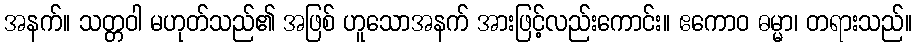
အနက်။ သတ္တဝါ မဟုတ်သည်၏ အဖြစ် ဟူသောအနက် အားဖြင့်လည်းကောင်း။ ဧကောဝ ဓမ္မာ၊ တရားသည်။